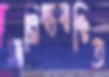
সান্নিধ্যবঞ্চিত